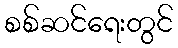
စစ်ဆင်ရေးတွင်